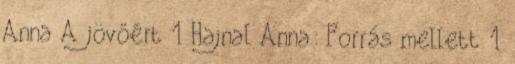
Anna A jövőért 1 Hajnal Anna: Forrás mellett 1